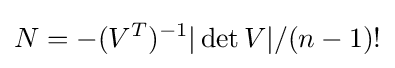
N=-(V^{T})^{-1}|\det {V}|/(n-1)!